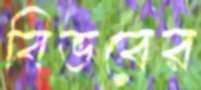
বিভবের